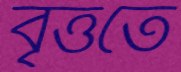
বৃত্ততে